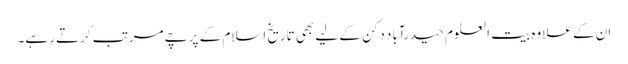
ان کے علاوہ بیت العلوم حیدرآباد دکن کے لیے بھی تاریخ اسلام کے پرچے مرتب کرتے رہے۔